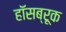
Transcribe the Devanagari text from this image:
हॉसब्रूक